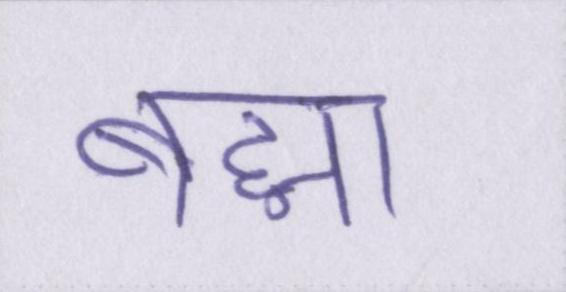
ब्रह्मा